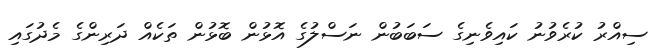
ސިއްރު ކުރެވުނު ކައިވެނިގެ ސަބަބުން ނަސްލުގެ އޮޅުން ބޮޅުން ތަކެއް ދަރިންގެ މެދުގައި